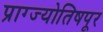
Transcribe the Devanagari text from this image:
प्राग्ज्योतिषपूर